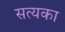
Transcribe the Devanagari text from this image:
सत्यका